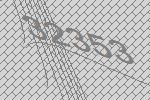
32353